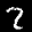
Label: 2